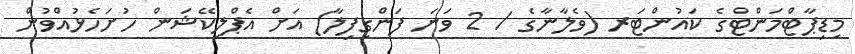
މިޑިޕާޓްމަންޓްގެ ކައުންޓަރ (ވެލާނާގެ / 2 ވަނަ ފަންގިފިލާ) އަށް އެޕްލިކޭޝަން ހުށަހެޅުއްވުން